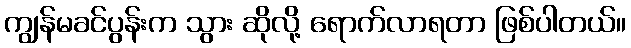
ကျွန်မခင်ပွန်းက သွား ဆိုလို့ ရောက်လာရတာ ဖြစ်ပါတယ်။